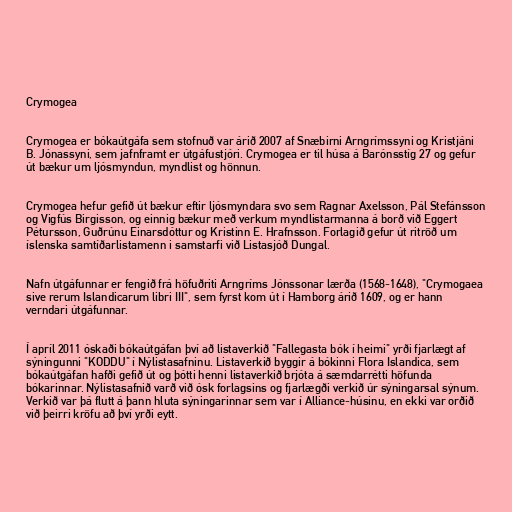
Crymogea

Crymogea er bókaútgáfa sem stofnuð var árið 2007 af Snæbirni Arngrímssyni og Kristjáni
B. Jónassyni, sem jafnframt er útgáfustjóri. Crymogea er til húsa á Barónsstíg 27 og gefur
út bækur um ljósmyndun, myndlist og hönnun.

Crymogea hefur gefið út bækur eftir ljósmyndara svo sem Ragnar Axelsson, Pál Stefánsson
og Vigfús Birgisson, og einnig bækur með verkum myndlistarmanna á borð við Eggert
Pétursson, Guðrúnu Einarsdóttur og Kristinn E. Hrafnsson. Forlagið gefur út ritröð um
íslenska samtíðarlistamenn i samstarfi við Listasjóð Dungal.

Nafn útgáfunnar er fengið frá höfuðriti Arngríms Jónssonar lærða (1568-1648), "Crymogaea
sive rerum Islandicarum libri III", sem fyrst kom út í Hamborg árið 1609, og er hann
verndari útgáfunnar.

Í apríl 2011 óskaði bókaútgáfan því að listaverkið "Fallegasta bók í heimi" yrði fjarlægt af
sýningunni "KODDU" í Nýlistasafninu. Listaverkið byggir á bókinni Flora Islandica, sem
bókaútgáfan hafði gefið út og þótti henni listaverkið brjóta á sæmdarrétti höfunda
bókarinnar. Nýlistasafnið varð við ósk forlagsins og fjarlægði verkið úr sýningarsal sýnum.
Verkið var þá flutt á þann hluta sýningarinnar sem var í Alliance-húsinu, en ekki var orðið
við þeirri kröfu að því yrði eytt.